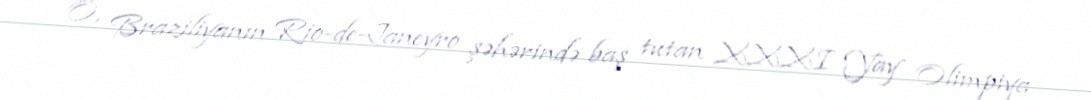
O, Braziliyanın Rio-de-Janeyro şəhərində baş tutan XXXI Yay Olimpiya